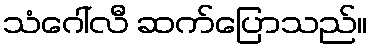
သံဂေါ်လီ ဆက်ပြောသည်။